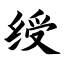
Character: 绶